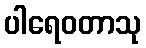
ပါရေဝတာသု